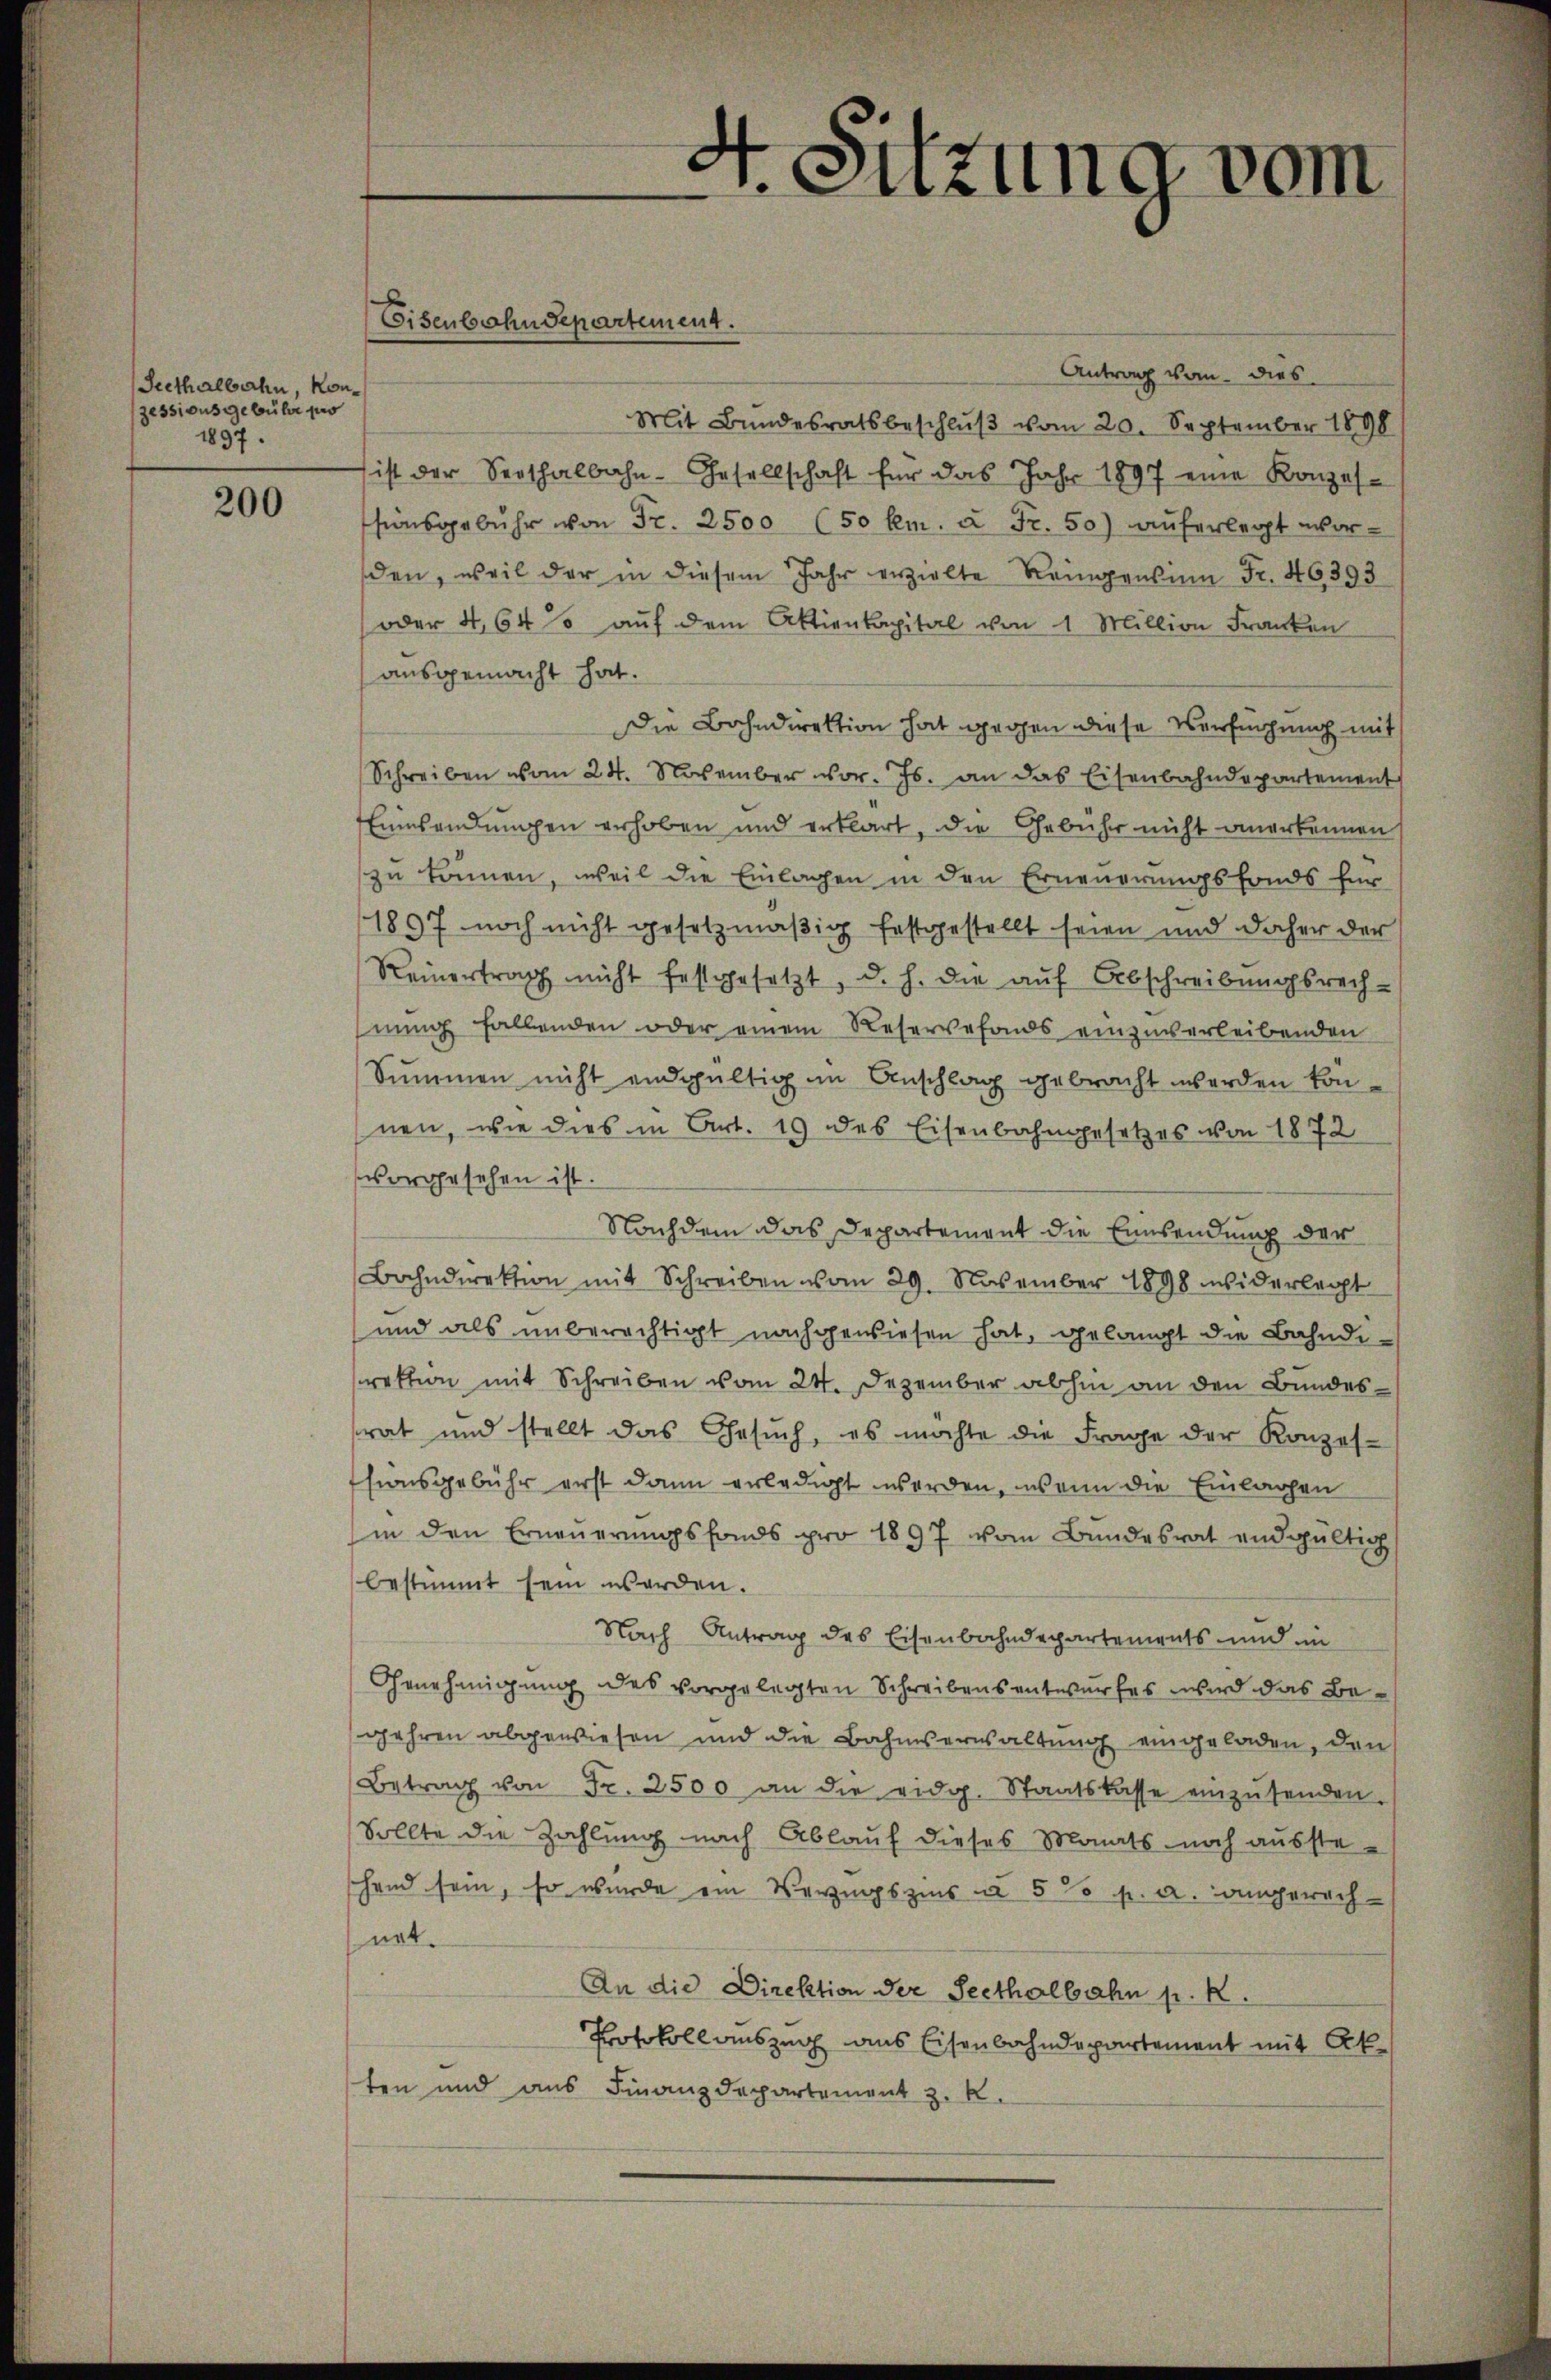
Seethalbahn, von
zessionsgebühr pro
1897.

200

Antrag vom dies
Mit Bundesratsbeschlŭβ vom 20. September 1898
ist der Seethalbahn- Gesellschaft für das Jahr 1897 eine Konzessionsgebühr von Fr. 2500 (50 km. à Fr. 50) auferlegt wor-
den, weil der in diesem Jahr erzielte Reingensinn Fr. 46393
oder 4,640 auf dem Aktienkapital von 1 Million Franken
ausgemacht hat.
Die Bahndirektion hat gegen diese Verfügung mit
Schreiben vom 24. November vor. Js. an das Eisenbahndepartement
Einsendungen erhoben und erklärt, die Gebühr nicht anerkennen (
zu können, weil die Einlagen in den Erneuerungsfonds für
1897 noch nicht gesetzmäßig festgestellt seien und daher der
Reinertrag nicht festgesetzt, d. h. die auf Abschreibungsrech-
nung fallenden oder einem Reservefonds einzuverleibenden
Summen nicht endgültig im Anschlag gebracht werden können, wie dies in Art. 19 des Eisenbahngesetzes von 1872
vorgesehen ist.
Nachdem das Departement die Einwendung der
Bahndirektion mit Schreiben vom 29. November 1898 widerlacht
und als unberechtigt nachgewiesen hat, gelangt die Bahndirektion mit Schreiben vom 24. Dezember abhin an den Bundes-
rat und stellt das Gesŭch, es möchte die Frage der Konzes-
ssionsgebühr erst dann erledigt werden, wenn die Einlagen
in den Erneŭerŭngsfonds pro 1897 vom Bundesrat endgültig
bestimmt sein werden.
Nach Antrag des Eisenbahndepartements und in
Genehmigung des vorgelegten Schreibensentwurfes wird das Begehren abgewiesen und die Bahnverwaltung eingeladen, den
Betrag von Fr. 2500 an die eidg. Staatskasse einzŭsenden.
Sollte die Zahlung nach Ablauf dieses Monats noch ausste-
hand sein, so wurde ein Verzugszins à 5 % p. a. angerech-
nat.
An die Direktion der Seethalbahn p. R.
Protokoll auszug aus Eisenbahndepartement mit Ak
ten und aus Finanzdepartement z. K.

Eisenbahndepartement.

4. Sitzung vom